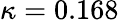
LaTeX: \kappa=0.168